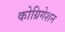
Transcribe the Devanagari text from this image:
कोग्रिगेशन